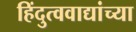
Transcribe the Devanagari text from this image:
हिंदुत्ववाद्यांच्या